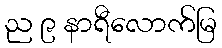
ည ၉ နာရီလောက်မြ